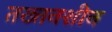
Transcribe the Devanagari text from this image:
तख्तनशीन